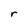
Character: r